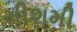
મીશમી